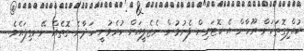
ކުއްލިގޮތަކަށް ރޫހާން އެ ކޮޓަރިން ފެނުމުން ނެޒެލީއަށް ހުރެވުނީ ހަދާނެ ގޮތެއް ނޭނގިފައެވެ.